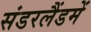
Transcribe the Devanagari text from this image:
संडरलैंडमें